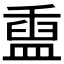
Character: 𬐬